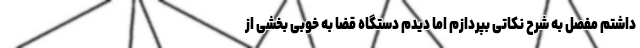
داشتم مفصل به شرح نکاتی بپردازم اما دیدم دستگاه قضا به خوبی بخشی از